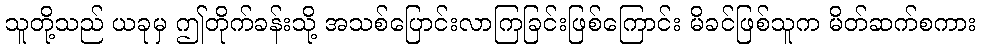
သူတို့သည် ယခုမှ ဤတိုက်ခန်းသို့ အသစ်ပြောင်းလာကြခြင်းဖြစ်ကြောင်း မိခင်ဖြစ်သူက မိတ်ဆက်စကား